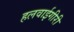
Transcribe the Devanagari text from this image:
हलवाईगीरी